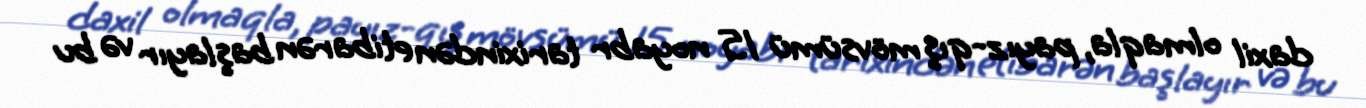
daxil olmaqla, payız-qış mövsümü 15 noyabr tarixindən etibarən başlayır və bu